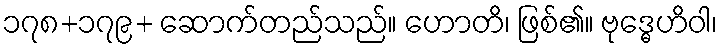
၁၇၈+၁၇၉+ ဆောက်တည်သည်။ ဟောတိ၊ ဖြစ်၏။ ဗုဒ္ဓေဟိဝါ၊